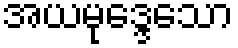
အယမုဒ္ဒေသော